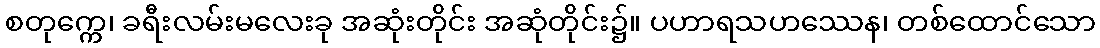
စတုက္ကေ၊ ခရီးလမ်းမလေးခု အဆုံးတိုင်း အဆုံတိုင်း၌။ ပဟာရသဟဿေန၊ တစ်ထောင်သော